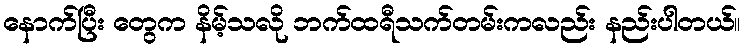
နောက်ပြီး တွေက နိမ့်သလို ဘက်ထရီသက်တမ်းကလည်း နည်းပါတယ်။